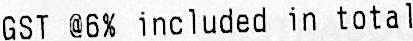
GST @6% INCLUDED IN TOTAL